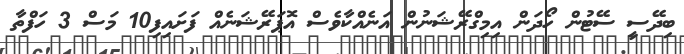
ބިދޭސީ ސޭޓުން ހޯދަން އިމިގްރޭޝަނުން އަނެއްކާވެސް އޮޕަރޭޝަނެއް ފަށައިފި10 މަސް 3 ހަފްތާ